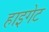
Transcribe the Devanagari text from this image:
हाइगेट